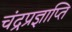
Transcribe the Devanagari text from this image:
चंद्रप्रज्ञाप्ति